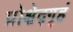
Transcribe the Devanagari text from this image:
प्रोक्षेद्गृहं